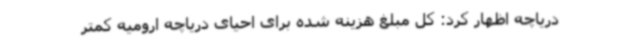
دریاچه اظهار کرد: کل مبلغ هزینه شده برای احیای دریاچه ارومیه کمتر